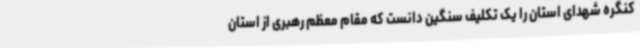
کنگره شهدای استان را یک تکلیف سنگین دانست که مقام معظم رهبری از استان